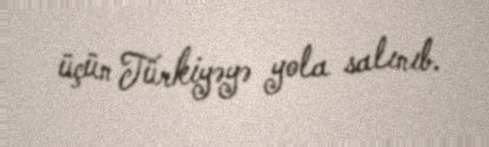
üçün Türkiyəyə yola salınıb.